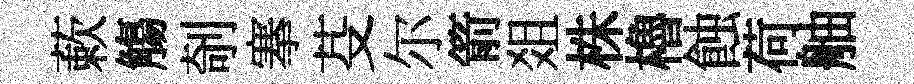
蔌觴剞搴芟尔箭爼株櫓蝕荷舳